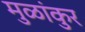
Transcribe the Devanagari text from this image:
मुळांकुर